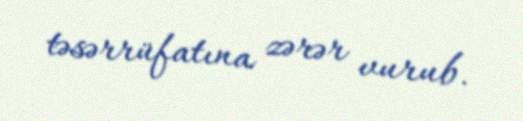
təsərrüfatına zərər vurub.